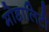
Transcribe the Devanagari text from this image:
मोडालिटी